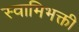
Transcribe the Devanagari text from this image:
स्वामिभक्ती